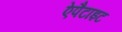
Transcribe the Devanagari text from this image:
ऐपैटाइट